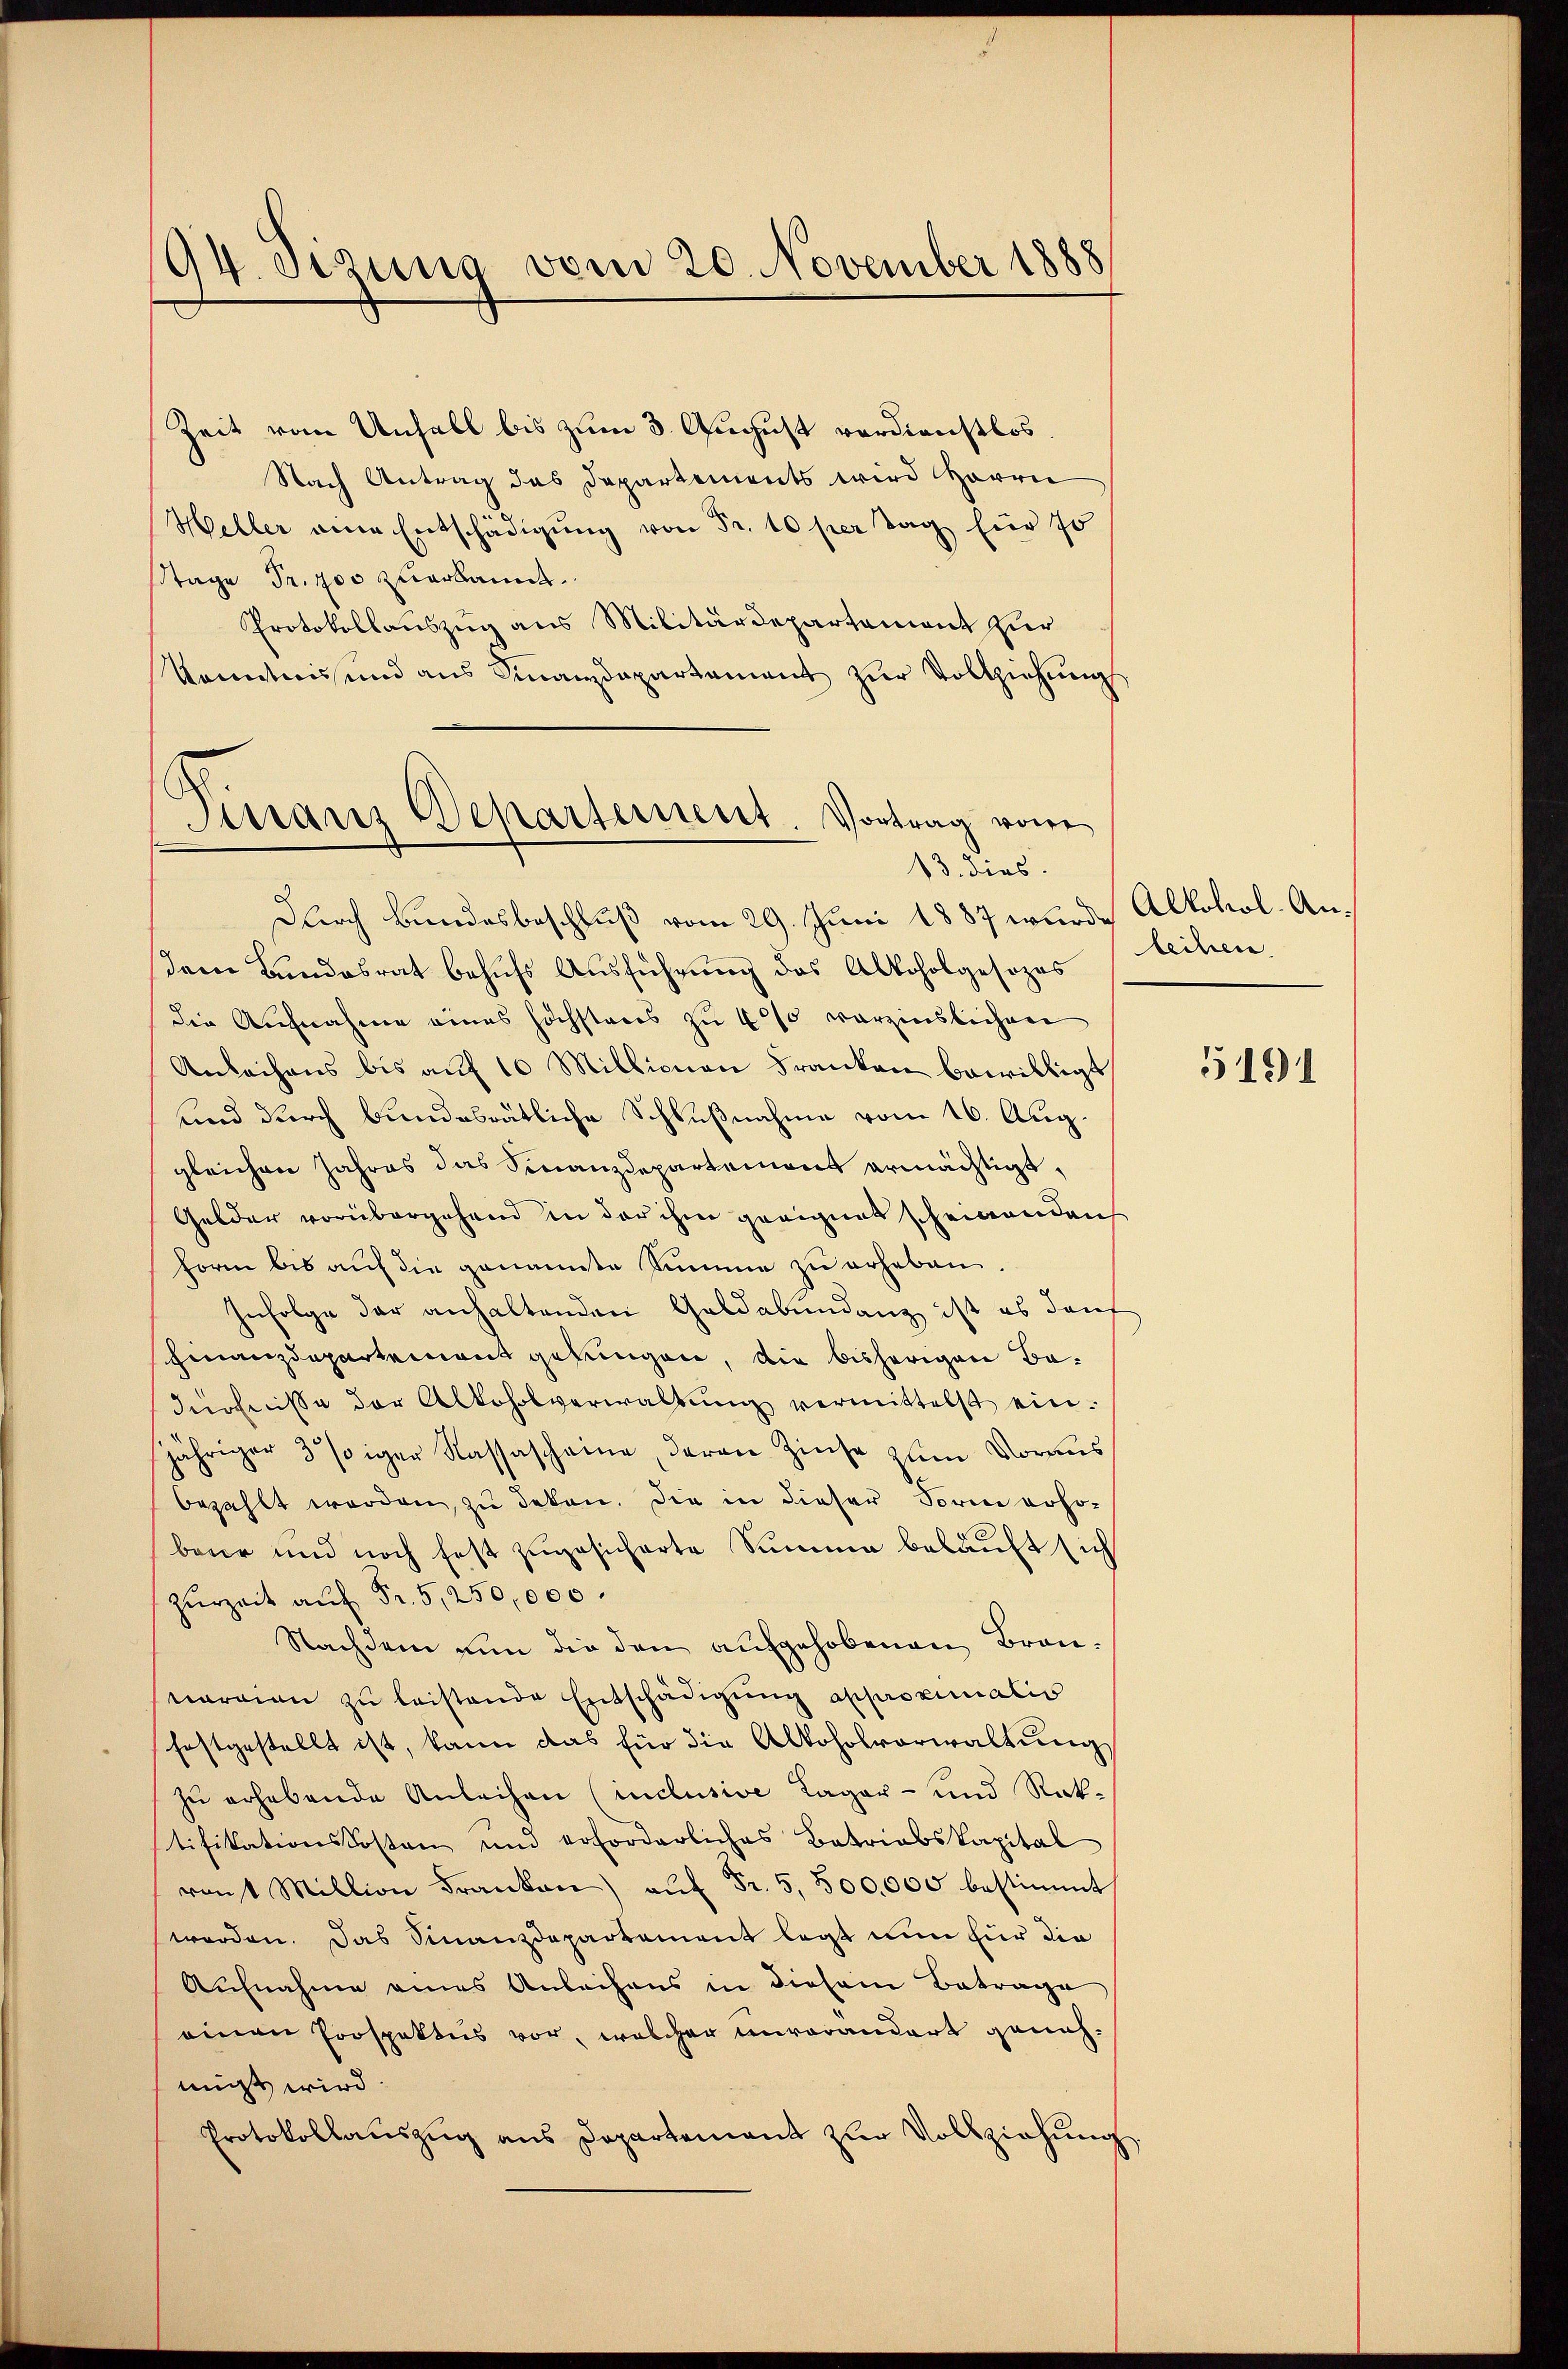
194. Sizung vom 20. November 1888

Zeit vom Unfall bis zum 3. August verdienstlos.
Nach Antrag das Departements wird Herrn
Heller eine Entschädigŭng von Fr. 10 per Tag für 70
Stage Fr. 900 zuerkannt.
Protokollauszug aus Militärdepartement zur
Kenntnis und aus Finanzdepartement zur Vollziehungs
Finanz Departement. Vortrag von

13. dies

Durch Bundesbeschluß vom 29. Juni 1887 wurde Alkohol-Ansem Bundesrat behufs Ausführung des Alkoholgesezes
die Aufnahme eines höchstens zu 400 verzinslichen
Anleihens bis auf 10 Millionen Franken bewilligt
und durch bundesrätliche Schlußnahme vom 16. Aug.
gleichen Jahres das Finanzdepartement ermächtigt,
Gelder vorübergehend in der ihm geeignet scheinenden
Form bis auf die genannte Summe zu erheben
Infolge der anhaltenden Geldabundenz ist es dans
Finanzdepartement gesungen, die bisherigen Badürfnisse der Alkoholverwaltŭng vermittelst ein.
jähriger 3 siger Kassascheine, daran Zinse zum Voraus
bezahlt werden, zu deken. Die in dieser Form voho-
baier und noch fest zugesicherte Summe belauft sich
zurzeit auf Fr. 5, 250,000.
Nachdem nun die den aufgehobenen Brannarian zu leistende Entschädigung approximalis
festgestellt ist, kann das für die Alkoholvorwaltung
zu erhebende Anleihen (inclusive Lager- und Raktifikationskosten und erforderliches Betriebskapital
ront Million Franken aŭf Fr. 5,500,000 bestimmt
worden. Das Finanzdepartement legt nun für die
Aufnahme eines Anleihens in diesem Betrage
einen Prospaktus vor, welcher unvorandert genehmigt wird.
Protokollauszug aus Departement zur Vollziehung.

leihen.

5191